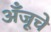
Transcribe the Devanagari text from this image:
अँजूचे